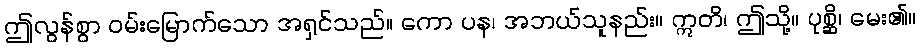
ဤလွန်စွာ ဝမ်းမြောက်သော အရှင်သည်။ ကော ပန၊ အဘယ်သူနည်း။ ဣတိ၊ ဤသို့။ ပုစ္ဆိ၊ မေး၏။